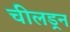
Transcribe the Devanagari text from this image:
चीलड्रन